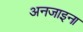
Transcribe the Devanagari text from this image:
अनजाइना